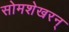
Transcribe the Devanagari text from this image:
सोमशेखरन्